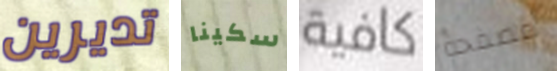
تديرين سكينا كافية مصفحة